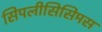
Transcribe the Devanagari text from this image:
सिपलीसिसिमस